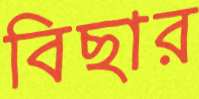
বিছার